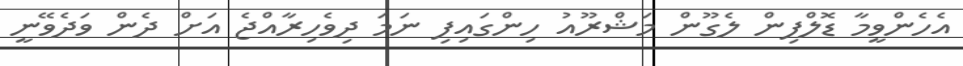
އެހެންވީމާ ޑޮލްފިން ލެގޫން މަޝްރޫއު ހިންގައިފި ނަމަ ދިވެހިރާއްޖެ އަށް ދެން ވަދެވޭނީ